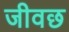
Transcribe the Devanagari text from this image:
जीवछ